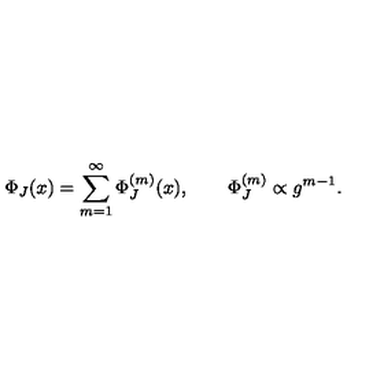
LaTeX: \Phi _ { J } ( x ) = \sum _ { m = 1 } ^ { \infty } \Phi _ { J } ^ { ( m ) } ( x ) , \qquad \Phi _ { J } ^ { ( m ) } \propto g ^ { m - 1 } .